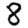
Digit: 8